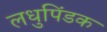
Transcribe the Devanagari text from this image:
लधुपिंडक